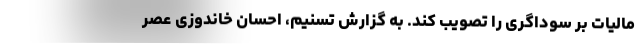
مالیات بر سوداگری را تصویب کند. به گزارش تسنیم، احسان خاندوزی عصر